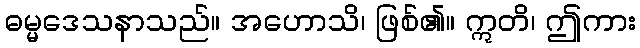
ဓမ္မဒေသနာသည်။ အဟောသိ၊ ဖြစ်၏။ ဣတိ၊ ဤကား